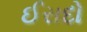
ઈરાદો